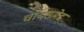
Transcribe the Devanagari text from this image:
चांदसमेद